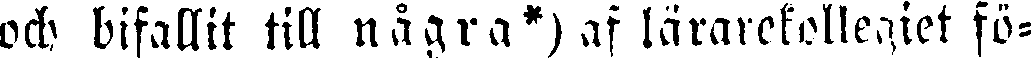
och bifallit till några*) af lärarekollegiet fö-